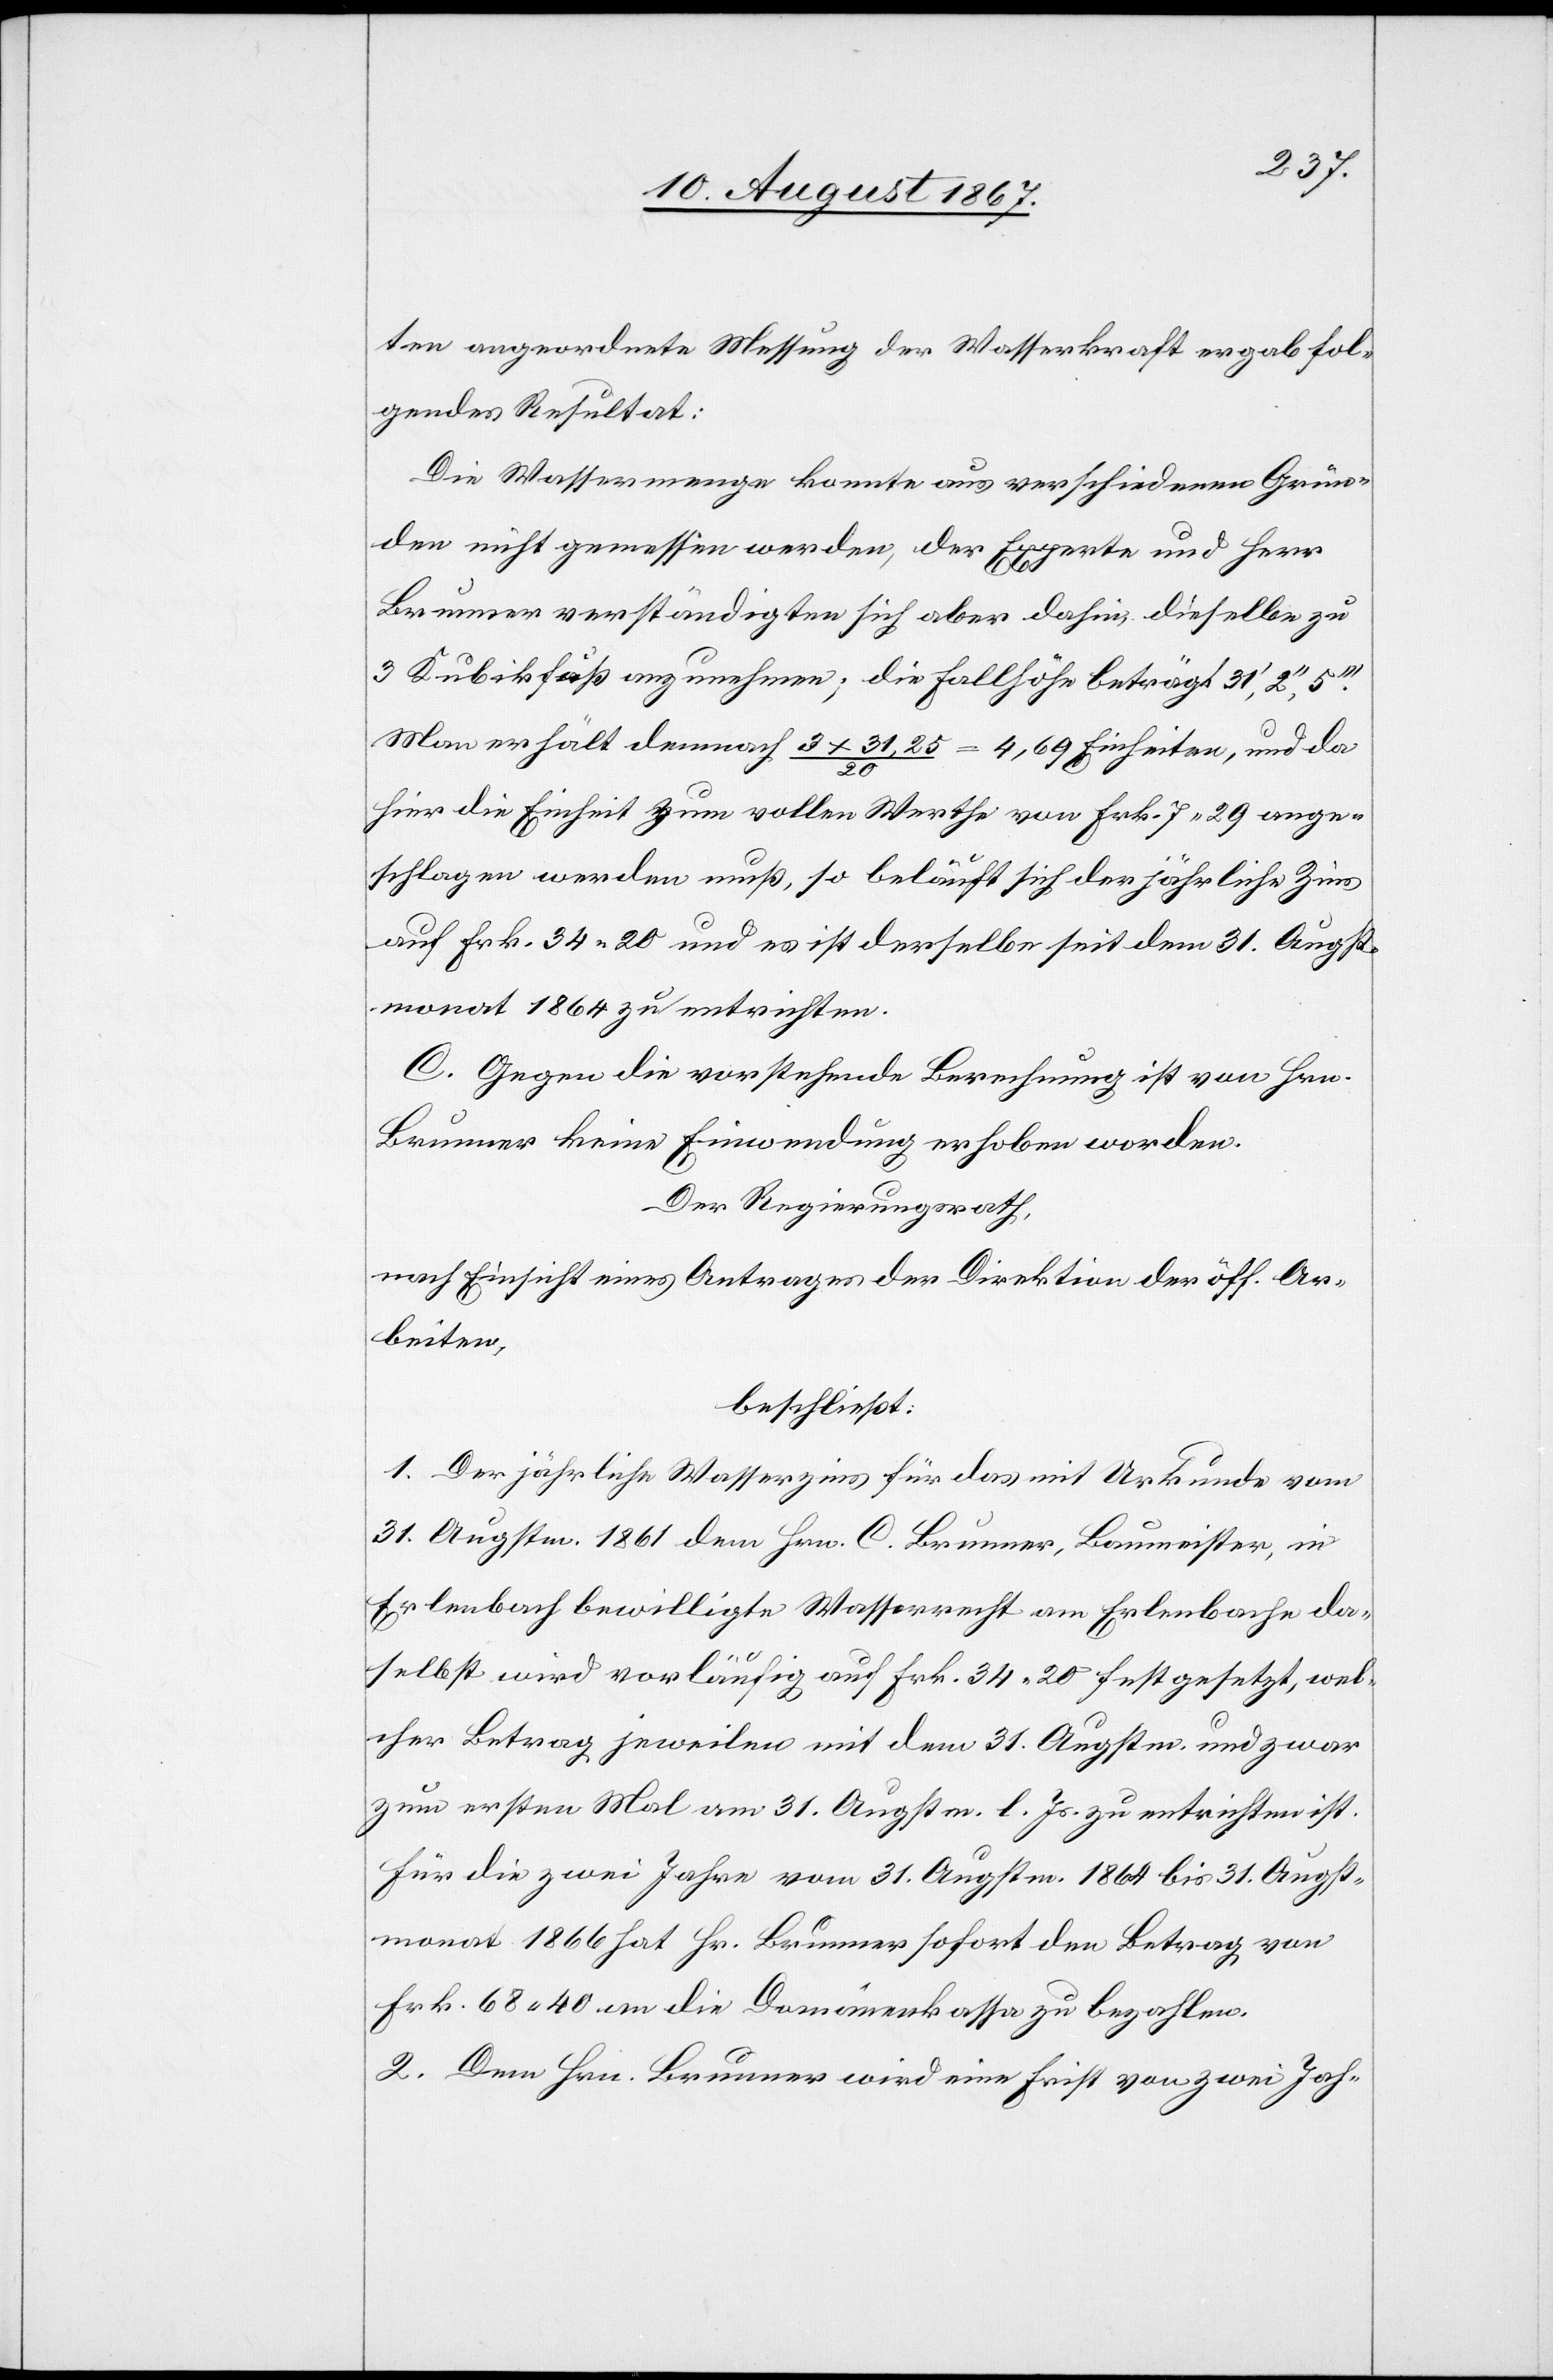
ten angeordnete Messung der Wasserraft ergab fol¬
gendes Resultat:
Die Wassermenge konnte aus verschiedenen Grün¬
den nicht gemessen werden, der Experte und Herr
Brunner verständigten sich aber dahin, dieselbe zu
3 Kubikfuß anzunehmen; die Fallhöhe beträgt 31‘. 2‘‘,
Man erhält demnach 3 x 31,25/20 = 4,69 Einheiten, und da
hier die Einheit zum vollen Werthe von Frk. 7.29 ange¬
schlagen werden muß, so beläuft sich der jährliche Zins
auf Frk. 34.20 und es ist derselbe seit dem 31. Augst¬
monat 1864 zu entrichten.
C. Gegen die vorstehende Berechnung ist von Hrn.
Brunner keine Einwendung erhoben worden.
Der Regierungsrath,
nach Einsicht eines Antrages der Direktion der öff. Ar¬
beiten,
beschließt:
1. Der jährliche Wasserzins für das mit Urkunde vom
31. Augstm. 1861 dem Hrn. C. Brunner, Baumeister, in
Erlenbach bewilligte Wasserrecht am Erlenbache da¬
selbst wird vorläufig auf Frk. 34.20 festgesetzt, wel¬
cher Betrag jeweilen mit dem 31. Augstm. und zwar
zum ersten Mal am 31. Augstm. l. Js. zu entrichten ist.
Für die zwei Jahre vom 31. Augstm. 1864 bis 31. Augst¬
monat 1866 hat Hr. Brunner sofort den Betrag von
Frk.68.40 an die Domänenkassa zu bezahlen.
2. Dem Hrn. Brunner wird eine Frist von zwei Jah-